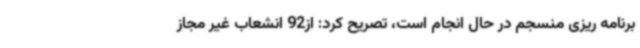
برنامه ‌ریزی منسجم در حال انجام است، تصریح کرد: از92 انشعاب غیر مجاز